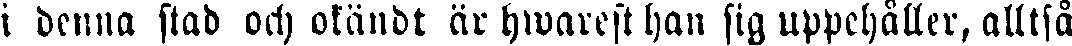
i denna stad och okändt är hwareft han sig uppchåller, alltså